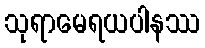
သုရာမေရယပါနဿ